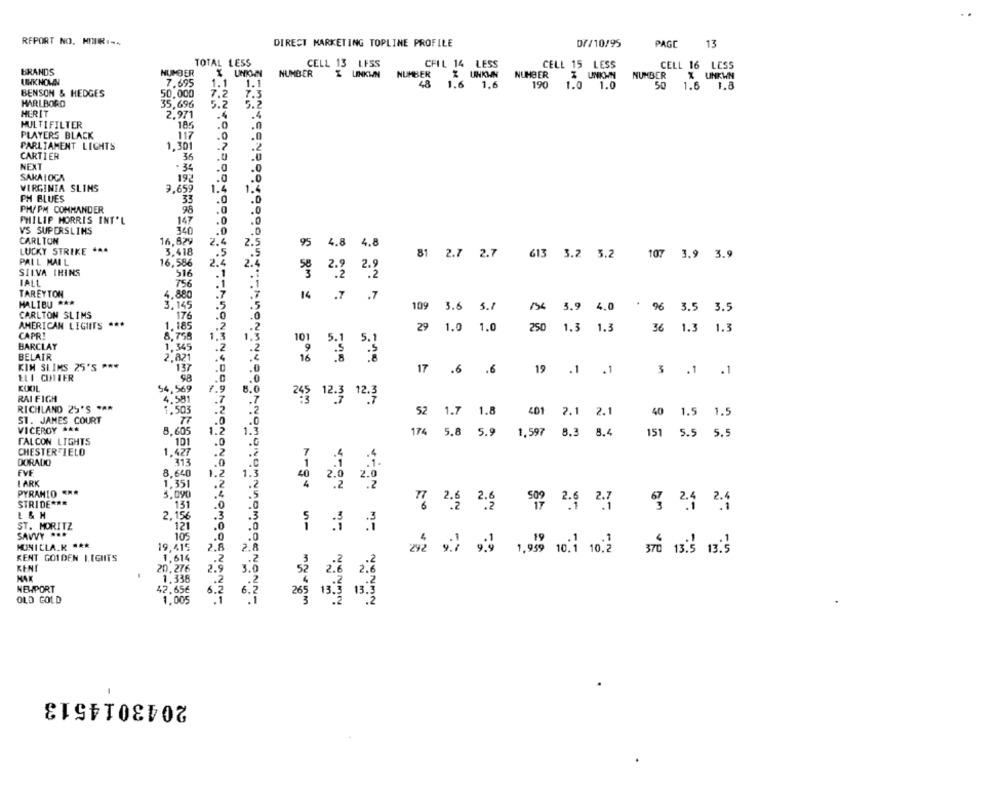
REPORT NO. HIIRI --
DIRECT MARKETING TOPLINE PROFILE
D//10/95
PAGE
13
TOTAL LESS
CELL 13 LFSS
CFIL 14 LESS
CELL 15 LESS
BRANDS
NUMBER
CELL 16 LESS
X UNKOWN
NUMBER
Z LINKWN
NUMBER
Z UNKWN
NUMBER
% UNICHN
NUMBER
X UNKWN
UNKNOWN
7.695
1.1
1.1
48
1.6
1.6
190
1.0 1.0
50 1.6 1.8
BENSON & HEDGES
50,000
7.2
7.3
MARLBORO
35,696
5.2
5.2
MERIT
2.971
.4
MULTIFILTER
185
.0
.0
PLAYERS BLACK
117
.0
.0
PARLIAMENT LICHTS
1,301
.2
CARTIER
36
.0
NEXT
.0
SAKAIOCA
192
.0
.0
VIRGINIA SLIMS
9,659
1.4
1.4
PH BLUES
33
.0
.0
PH/PM COMMANDER
98
.0
.0
PHILIP MORRIS INT'L
147
.0
340
.0
V'S SUPERSLIHS
.0
CARLTON
16,629
2.4
2.
LUCKY STRIKE ...
3,418
4.8 4.8
81
2.7
2.7
613
3.2 5.2
PALL MAIL
16,586
.. 5
107 3.9 3.9
SILVA THINS
516
IALL
756
TAREYTON
4,880
MALIBU ***
.7
14 .7 .7
( RM x
3, 145
1.5
109
3.6
5.1
3.9 4.0
96 3.5 3.5
CARLTON SLIMS
176
AMERICAN LIGIITS ***
1.185
29
1.0
1.0
250
1.3 1.3
1.3
36 1.3 1.3
CAPRI
8.758
1.3
1.
BARCLAY
1.345
.2
BELAIR
KIM SLIMS 25'S ***
2,821
2 33
137
17
.6
.6
19
.1
.1
3 .1 .1
ELI CUITER
COOL
54.56
8.
7.9
RAI FIGH
4.
245 12.3 12.3
RICHLAND 25'S ***
1.503
401
ST. JAMES COURT
52 1.7 1.8
2.1
40 1.5 1.5
VICEROY ***
8.605
1.
1.
174 5.8 5.9
1.597
8.3 8.4
151 5.5 5.5
FALCON LIGHTS
101
CHESTERFIELD
.427
.0
DORADO
313
EVE
8.640
1.3
LARK
1.351
1.2
.2
444
PYRAMIO ***
STRIDE ***
13
7. 2.6 2.6 599 2.§ 2.7
.3
.3
ST. MORITZ
'121
.0
: 3 3
SAVVY ...
105
Arge w-
MUNICLA_R ***
19,415
2.8
2.8
zł sł 93 1,959 101 10.2
STO 13.5 13.3
KENT GOUDEN LIGHTS
KENT
2.9
.2
NEWPORT
OLD GOLD
.1
144
2043014513